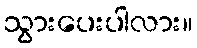
သွားပေးပါလား။